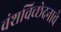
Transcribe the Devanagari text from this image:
वंशविच्छेदनाचे